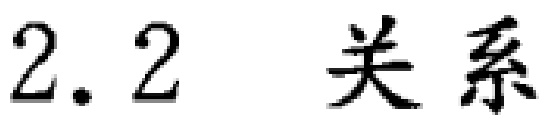
2.2 关系